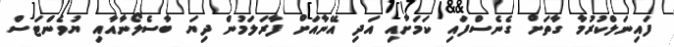
ފައިނަލްކުރުމާ ގާތަށް ގެނެސްފައި ކަމަށާއި އަދި އޭނާއަށް ފާރަލަމުން ދިޔަ ބާސެލޯނާއާއި ޔުވެންޓަސް